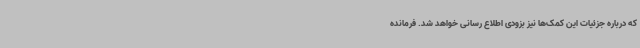
که درباره جزئیات این کمک‌ها نیز بزودی اطلاع رسانی خواهد شد. فرمانده